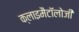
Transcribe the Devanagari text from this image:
क्लाइमैटॉलोजी